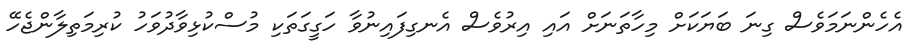
އެހެންނަމަވެސް ގިނަ ބަޔަކަށް މިހާތަނަށް އައި އިރުވެސް އެނގިފައިނުވާ ހަގީގަތަކި މުސްކުޅިވާދުވަހު ކުރިމަތިލާންޖެހޭ